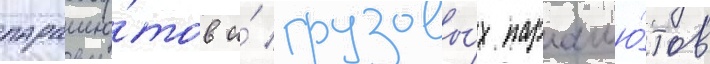
парашю́тов и́ грузовы́х парашю́тов